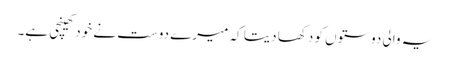
یہ والی دوستوں کو دکھا دیتا کہ میرے دوست نے خود کھینچی ہے۔